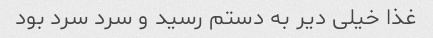
غذا خیلی دیر به دستم رسید و سرد سرد بود